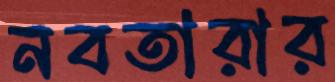
নবতারার